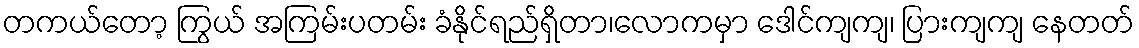
တကယ်တော့ ကြွယ် အကြမ်းပတမ်း ခံနိုင်ရည်ရှိတာ၊လောကမှာ ဒေါင်ကျကျ၊ ပြားကျကျ နေတတ်